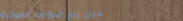
محل بيع الدراجات الهوائية